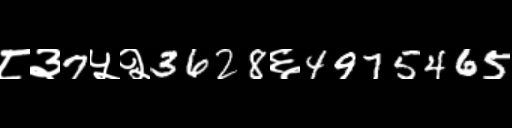
Text: ८३7५२3628६4975465